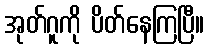
အုတ်ဂူကို ပိတ်နေကြပြီ။